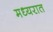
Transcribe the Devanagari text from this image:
मध्यरात